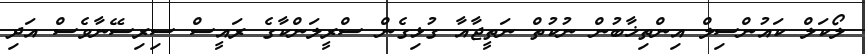
ލޯކަލް ކައުންސިލް އިންތިޚާބުން ނުކުތް ނަތީޖާއާ ގުޅިގެން ސްރީލަންކާގެ ރައީސް ސިރިސޭނާވެސް އަދި